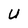
Character: U